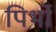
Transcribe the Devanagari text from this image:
पिर्भो